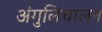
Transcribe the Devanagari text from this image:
अंगुलिचालन